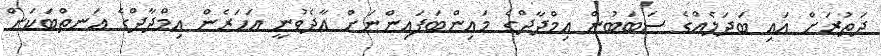
ދަތުރަށް އައި ބަދަލެއްގެ ސަބަބުން އިމްދާދްގެ މައިންބަފައިންނަށް އާދެވުނީ އަހަރެން އިމްދާދްގެ އަނތްބަކަށް